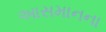
આસમાનના